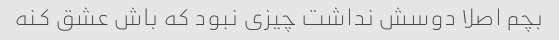
بچم اصلا دوسش نداشت چیزی نبود که باش عشق کنه